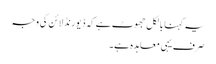
یہ کہنا بالکل جھوٹ ہے کہ ڈیورنڈ لائن کی وجہ
صرف یہی معاہدہ ہے۔